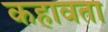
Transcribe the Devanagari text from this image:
कहावता